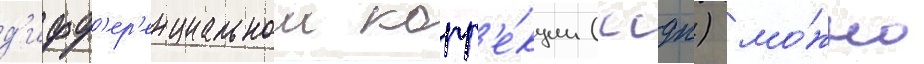
д'ифф'ер'енциальнои корр'е́кции (ссдк) мо́жно